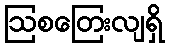
ဩစတြေးလျရှိ